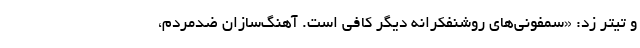
و تیتر زد: «سمفونی‌های روشنفکرانه دیگر کافی است. آهنگ‌سازان ضدمردم،